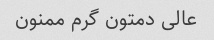
عالی دمتون گرم ممنون